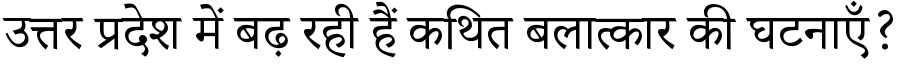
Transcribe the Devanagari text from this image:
उत्तर प्रदेश में बढ़ रही हैं कथित बलात्कार की घटनाएँ?